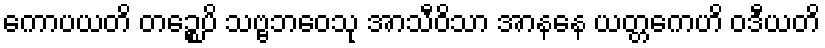
ကောပယတိ တဉ္စေပိ သဗ္ဗဘဝေသု အာသီဝိသာ အာနနေ ယတ္တကေဟိ ဝဒီယတိ